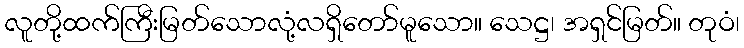
လူတို့ထက်ကြီးမြတ်သောလုံ့လရှိတော်မူသော။ သေဋ္ဌ၊ အရှင်မြတ်။ တုဝံ၊